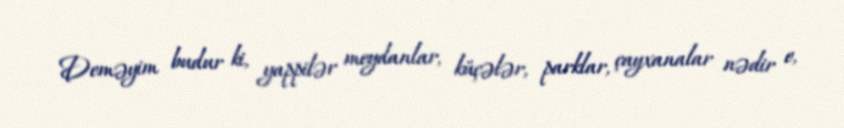
Deməyim budur ki, yappilər meydanlar, küçələr, parklar, çayxanalar nədir e,